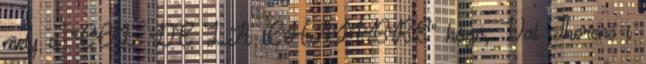
mely a "COL DE LA CHAMBRE" hágó, Val Thorens-i